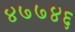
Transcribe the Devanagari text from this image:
४७७४६